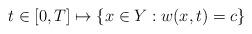
LaTeX: \begin{align*} t\in [0,T] \mapsto \{x\in Y: w(x,t)=c\} \end{align*}